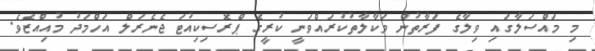
މި މައްސަލާގައި ވިލާގެ ފަރާތުން ވަކާލާތުކުރައްވަނީ ކުރީގެ ޕްރޮސިކިއުޓަ ޖެނެރަލް އަހްމަދު މުއިއްޒެވެ.